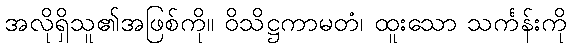
အလိုရှိသူ၏အဖြစ်ကို။ ဝိသိဋ္ဌကာမတံ၊ ထူးသော သင်္ကန်းကို